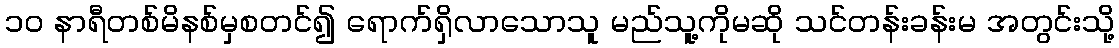
၁၀ နာရီတစ်မိနစ်မှစတင်၍ ရောက်ရှိလာသောသူ မည်သူ့ကိုမဆို သင်တန်းခန်းမ အတွင်းသို့